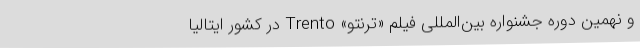
و نهمین دوره جشنواره بین‌المللی فیلم «ترنتو» Trento در کشور ایتالیا